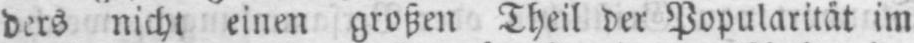
ders nicht einen großen Theil der Popularität im